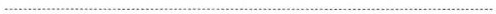
……